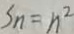
S _ { n } = n ^ { 2 }